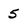
Character: 5